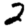
Digit: 2